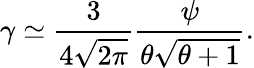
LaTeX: \gamma\simeq{\frac{3}{4\sqrt{2\pi}}}{\frac{\psi}{\theta\sqrt{\theta+1}}}.